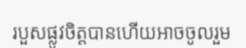
របួសផ្លូវចិត្តបានហើយអាចចូលរួម